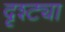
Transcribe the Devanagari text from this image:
दृश्ट्या